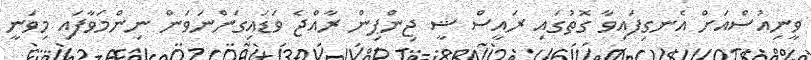
ވީނިއުސްއަށް އެނގިފައިވާ ގޮތުގައި ރައީސް ޝީ ޖިންޕިން ރާއްޖެ ވަޑައިގަންނަވަން ނިންމަވާފައި މިވަނީ